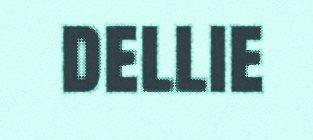
dellie